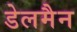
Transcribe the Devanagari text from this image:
डेलमैन